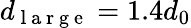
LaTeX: d_{\mathrm{~l~a~r~g~e~}}=1.4d_{0}